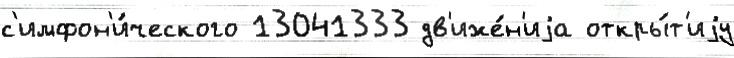
с'имфон'и́ческого 13041333 дв'иже́н'иjа откры́т'иjу